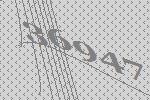
36947